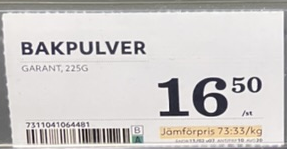
Vara: Bakpulver
Genomsnittspris: 73.33 per kg